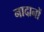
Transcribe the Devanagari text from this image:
नादानों